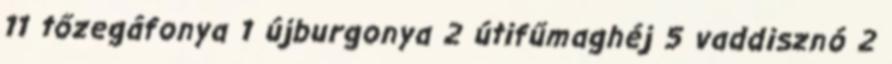
11 tőzegáfonya 1 újburgonya 2 útifűmaghéj 5 vaddisznó 2